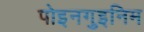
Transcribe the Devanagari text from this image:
पोइनगुइनिम